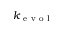
k _ { \mathrm { ~ e ~ v ~ o ~ l ~ } }